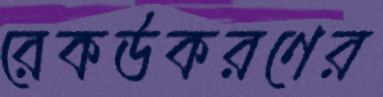
রেকর্ডকরণের